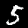
Digit: 5